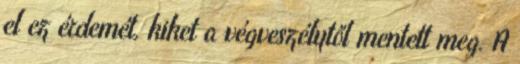
el ez érdemét, kiket a végveszélytől mentett meg. A